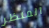
المنظر